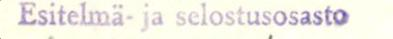
Esitelmä- ja selostusosasto